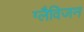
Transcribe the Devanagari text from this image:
ग्लैविजन